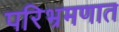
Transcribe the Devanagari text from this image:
परिभ्रमणात